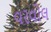
વરવોલ